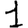
Digit: 1